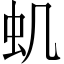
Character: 虮